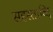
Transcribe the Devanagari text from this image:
सहस्ताब्दि